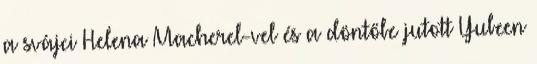
a svájci Helena Macherel-vel és a döntőbe jutott Yubeen